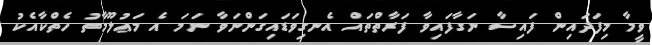
ވީމާ މިފަދައިން ފައިސާ ނަގާފައިވާ ފަރާތްތައް އެނގިވަޑައިގަންނަވާ ނަމަ އެ މަޢުލޫމާތު ހެތްކާއެކު